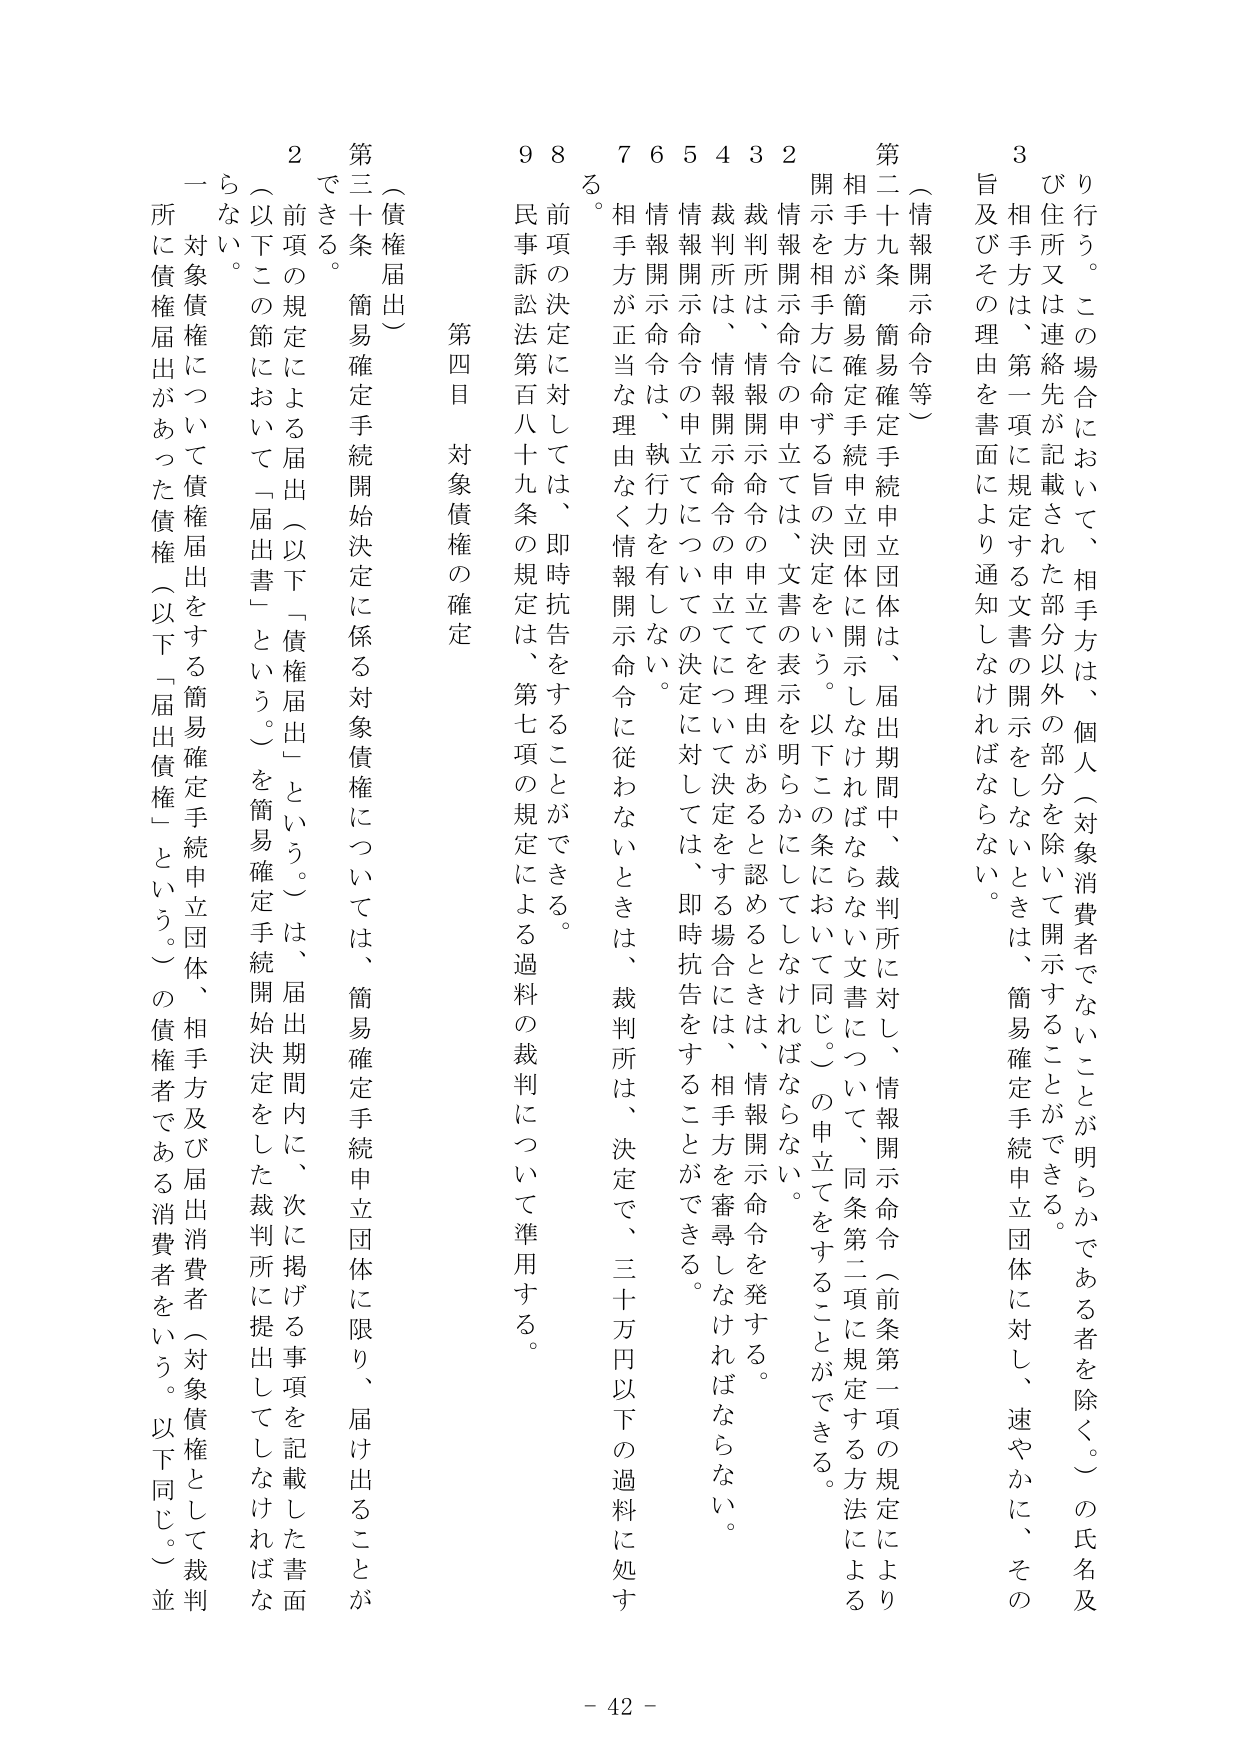
（情報開示命令等）

第二十九条 簡易確定手続申立団体は、届出期間中、裁判所に対し、情報開示命令（前条第一項の規定により相手方が簡易確定手続申立団体に開示しなければならない文書について、同条第二項に規定する方法による開示を相手方に命ずる旨の決定をいう。以下この条において同じ。）の申立てをすることができる。

２ 情報開示命令の申立ては、文書の表示を明らかにしてしなければならない。

３ 裁判所は、情報開示命令の申立てを理由があると認めるときは、情報開示命令を発する。

４ 情報開示命令の申立てについて決定をする場合は、相手方を審尋しなければならない。

５ 情報開示命令の申立てについての決定に対しては、即時抗告をすることができる。

６ 情報開示命令は、執行力を有しない。

７ 相手方が正当な理由なく情報開示命令に従わないときは、裁判所は、決定で、三十万円以下の過料に処する。

８ 前項の決定に対しては、即時抗告をすることができる。

９ 民事訴訟法第百八十九条の規定は、第七項の規定による過料の裁判について準用する。

第四目 対象債権の確定

（債権届出）

第三十条 簡易確定手続開始決定に係る対象債権については、簡易確定手続申立団体に限り、届け出ることができる。

２ 前項の規定による届出（以下「債権届出」という。）は、届出期間内に、次に掲げる事項を記載した書面（以下この節において「届出書」という。）を簡易確定手続開始決定をした裁判所に提出してしなければならない。

一 対象債権について債権届出をする簡易確定手続申立団体、相手方及び届出消費者（対象債権として裁判所に債権届出があった債権（以下「届出債権」という。）の債権者である消費者をいう。以下同じ。）並びに住所又は連絡先が記載された部分以外の部分を除いて開示することができる。

３ 相手方は、第一項に規定する文書の開示をしないときは、簡易確定手続申立団体に対し、速やかに、その旨及びその理由を書面により通知しなければならない。

- 42 -